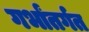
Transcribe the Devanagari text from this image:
गर्भांतर्गत